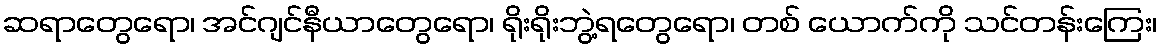
ဆရာတွေရော၊ အင်ဂျင်နီယာတွေရော၊ ရိုးရိုးဘွဲ့ရတွေရော၊ တစ် ယောက်ကို သင်တန်းကြေး၊